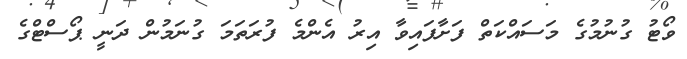
ވޯޓު ގުނުމުގެ މަސައްކަތް ފަށާފައިވާ އިރު އެންމެ ފުރަތަމަ ގުނަމުން ދަނީ ޕޯސްޓްގެ